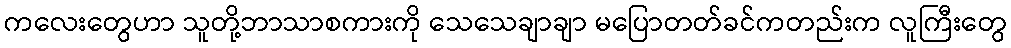
ကလေးတွေဟာ သူတို့ဘာသာစကားကို သေသေချာချာ မပြောတတ်ခင်ကတည်းက လူကြီးတွေ